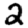
Digit: 2